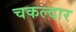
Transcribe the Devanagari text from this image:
चकल्दार